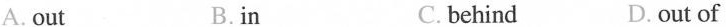
A. out B.in C.behind D. out of